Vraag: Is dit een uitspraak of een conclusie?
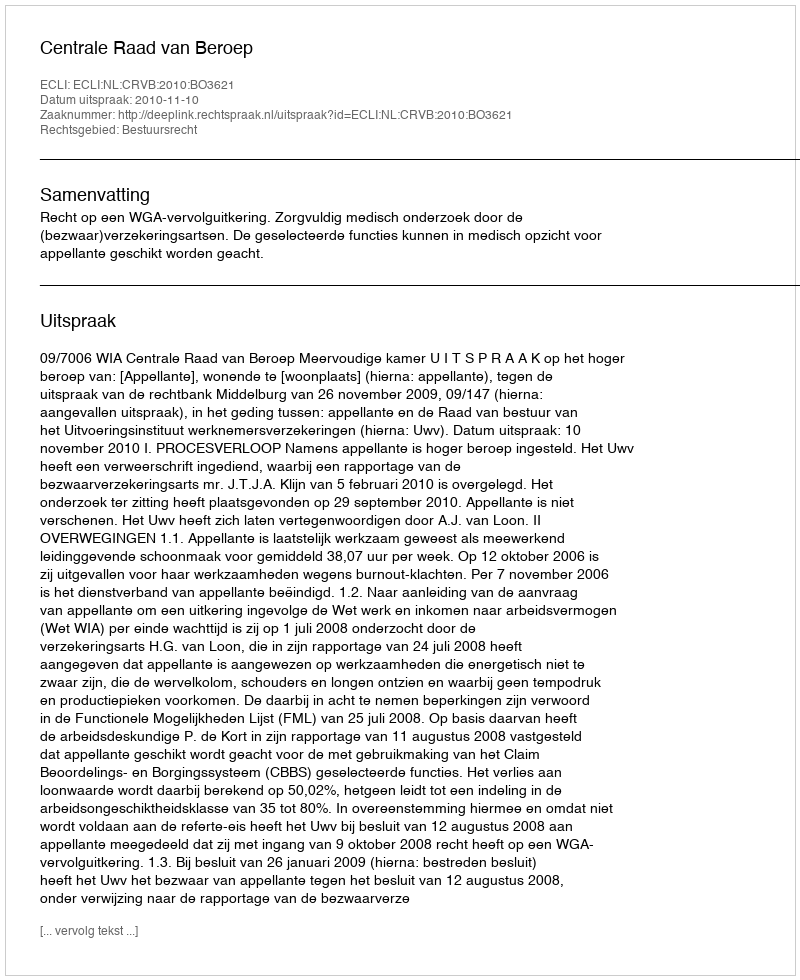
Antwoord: Uitspraak